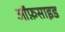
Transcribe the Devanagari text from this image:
ऑफ़साइड